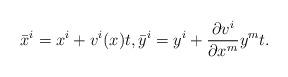
LaTeX: \begin{align*} \bar{x}^{i}=x^{i}+v^{i}(x) t, \bar{y}^{i}=y^{i}+\frac{\partial v^{i}}{\partial x^{m}} y^{m} t.\end{align*}